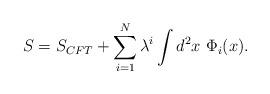
LaTeX: \begin{align*}S=S_{CFT}+\sum_{i=1}^N\lambda^i \int d^2 x\ \Phi_i(x). \end{align*}